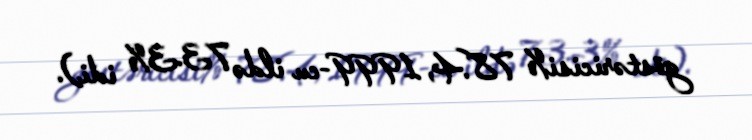
göstəricisi% 78.4, 1999-cu ildə 73.3% idi).